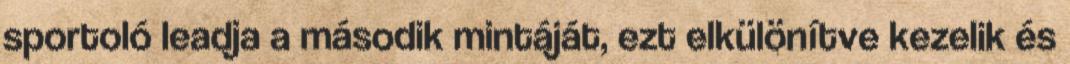
sportoló leadja a második mintáját, ezt elkülönítve kezelik és